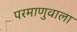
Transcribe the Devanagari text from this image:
परमाणुवाला